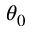
\theta _ { 0 }